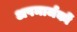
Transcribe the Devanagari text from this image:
अपमार्जकों